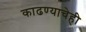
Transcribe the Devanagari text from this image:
काढण्याचेही